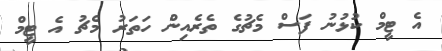
އެ ޓީމް ކުޅުނު ފަސް މެޗުގެ ތެރެއިން ހަތަރު މެޗު އެ ޓީމް